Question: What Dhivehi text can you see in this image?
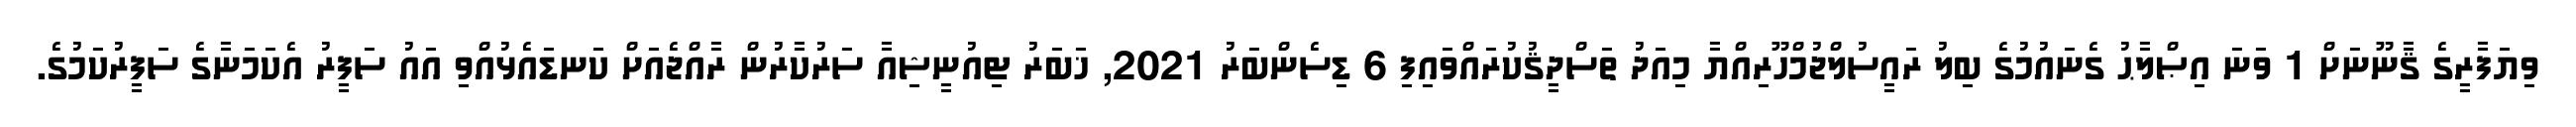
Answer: ވިޔަފާރީގެ ޤާނޫނަށް 1 ވަނަ އިޞްލާޙު ގެނައުމުގެ ބިލު ރައީސުލްޖުމްހޫރިއްޔާ މިއަދު ތަސްދީޤުކުރައްވައިފި 6 ޑިސެންބަރު 2021, ޚަބަރު ޓިއުނީޝިއާ ސަރުކާރުން ރާއްޖެއަށް ކަނޑައެޅުއްވި އައު ސަފީރު އެކަމަނާގެ ސަފީރުކަމުގެ.